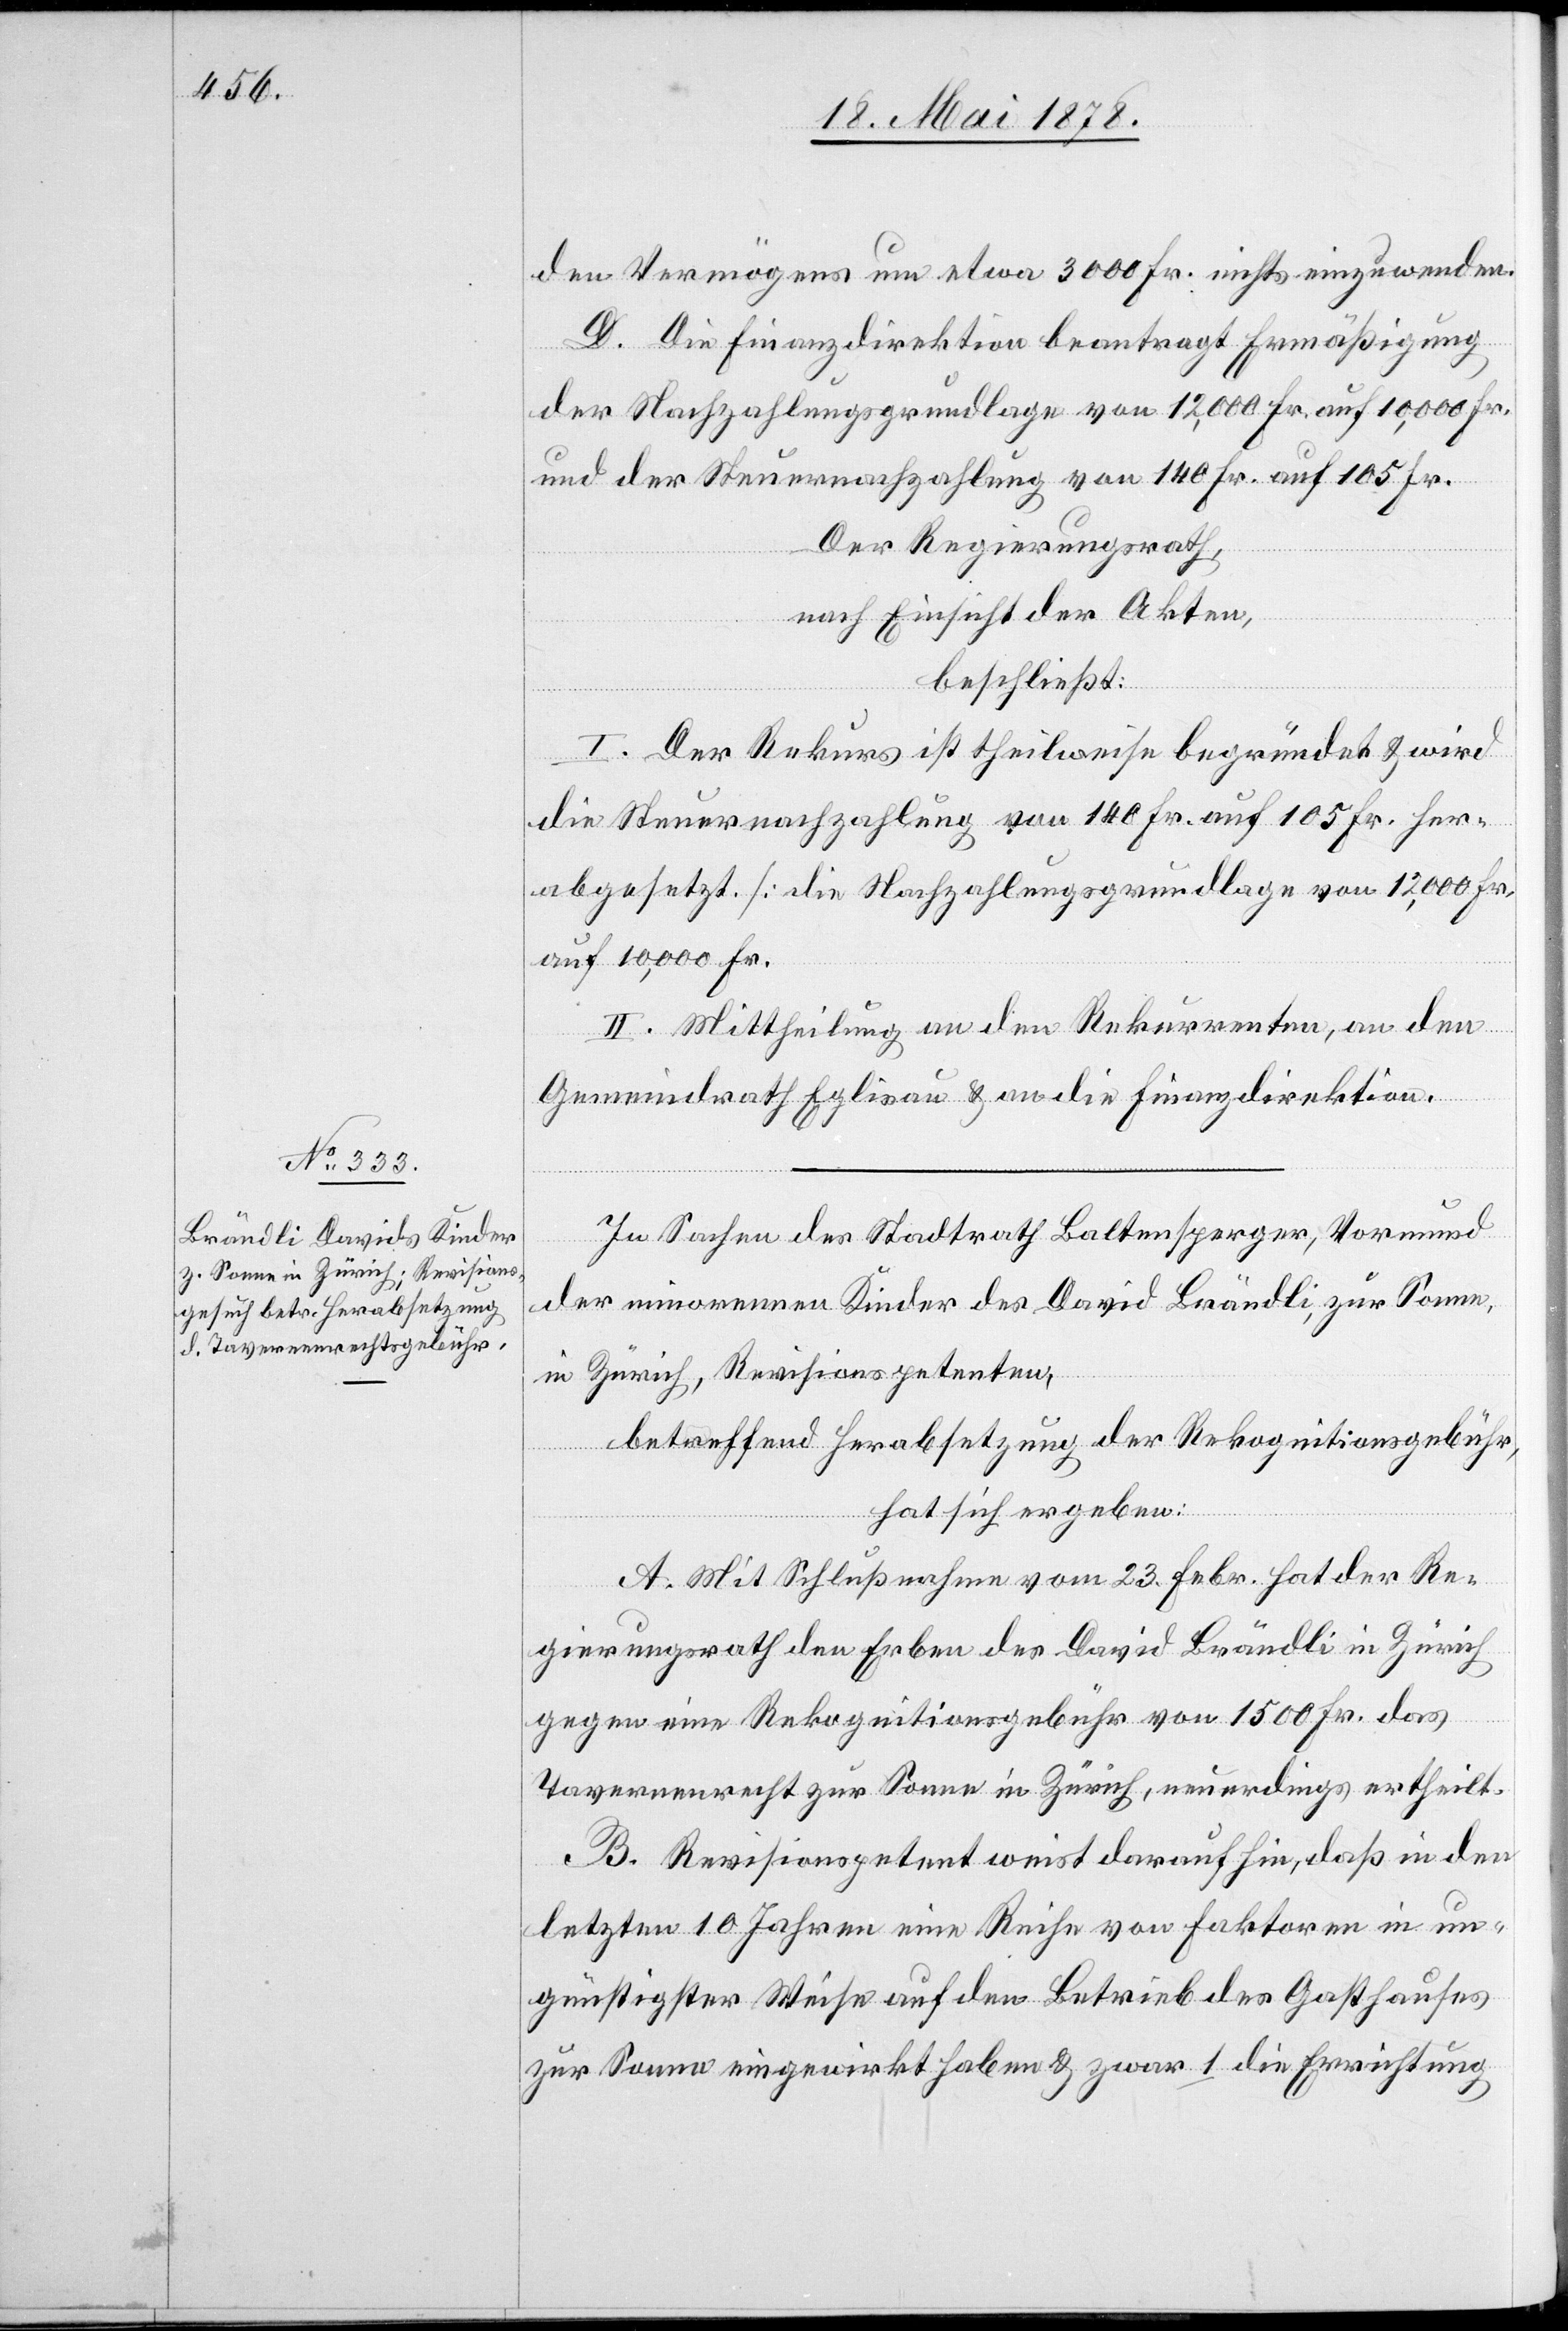
den Vermögens um etwa 3000 Fr. nichts einzuwenden.
D. Die Finanzdirektion beantragt Ermäßigung
der Nachzahlungsgrundlage von 12,000 Fr. auf 10,000 Fr.
und der Steuernachzahlung von 140 Fr. auf 105 Fr.
Der Regierungsrath,
nach Einsicht der Akten,
beschließt:
I. Der Rekurs ist theilweise begründet & wird
die Steuernachzahlung von 140 Fr. auf 105 Fr. her¬
abgesetzt. [die Nachzahlungsgrundlage von 12,000 Fr.
auf 10,000 Fr.]
II. Mittheilung an den Rekurrenten, an den
Gemeindrath Eglisau & an die Finanzdirektion.
In Sachen des Stadtrath Baltensperger, Vormund
der minorennen Kinder des David Brändli, zur Sonne
in Zürich, Revisionspetenten,
betreffend Herabsetzung der Rekognitionsgebühr,
hat sich ergeben:
A. Mit Schlußnahme vom 23. Febr. hat der Re¬
gierungsrath den Erben des David Brändli in Zürich
gegen eine Rekognitionsgebühr von 1500 Fr. das
Tavernenrecht zur Sonne in Zürich, neuerdings ertheilt.
B. Revisionspetent weist darauf hin, daß in den
letzten 10 Jahren eine Reihe von Faktoren in un¬
günstiger Weise auf den Betrieb des Gasthauses
zur Sonne eingewirkt haben & zwar 1. die Errichtung